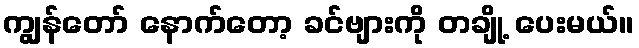
ကျွန်တော် နောက်တော့ ခင်ဗျားကို တချို့ ပေးမယ်။